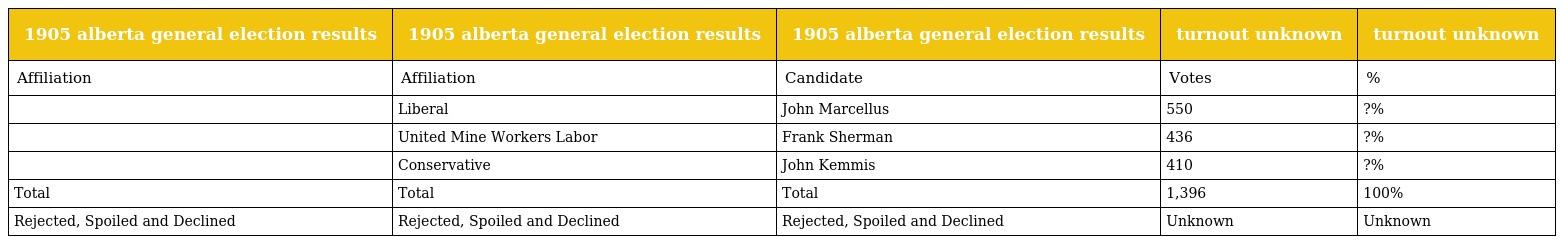
| 1905 alberta general election results | 1905 alberta general election results | 1905 alberta general election results | turnout unknown | turnout unknown |
 | --- | --- | --- | --- | --- |
 | Affiliation | Affiliation | Candidate | Votes | % |
 |  | Liberal | John Marcellus | 550 | ?% |
 |  | United Mine Workers Labor | Frank Sherman | 436 | ?% |
 |  | Conservative | John Kemmis | 410 | ?% |
 | Total | Total | Total | 1,396 | 100% |
 | Rejected, Spoiled and Declined | Rejected, Spoiled and Declined | Rejected, Spoiled and Declined | Unknown | Unknown |